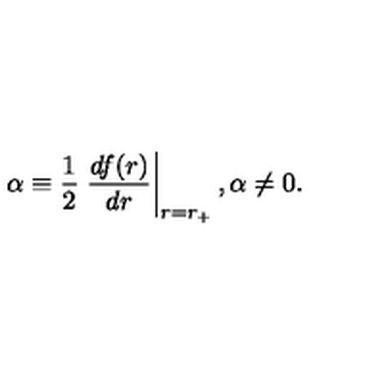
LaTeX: \alpha \equiv { \frac { 1 } { 2 } } \left. { \frac { d f ( r ) } { d r } } \right| _ { r = r _ { + } } , \alpha \neq 0 .